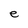
Character: e